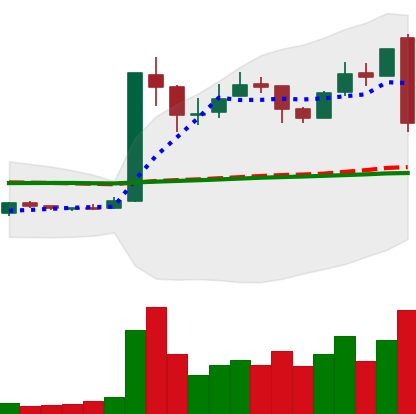
Ticker: LTC-USD
Chart end date: 2017-01-05
Forward return: 6.96%
Label: up_5_7